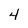
Character: 4